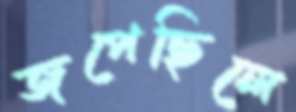
জপেছিলে